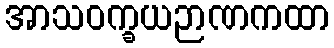
အာသဝက္ခယဉာဏကထာ